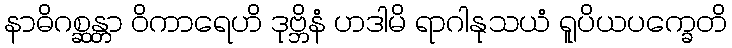
နာဓိဂစ္ဆန္တာ ဝိကာရေဟိ ဒုဗ္ဘိနံ ဟဒါမိ ရာဂါနုသယံ ရူပိယပက္ခေတိ